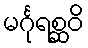
မင်္ဂုရစ္ဆဝိ